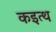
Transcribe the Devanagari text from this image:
कइत्थ